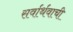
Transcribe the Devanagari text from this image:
सर्वार्थवाची